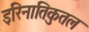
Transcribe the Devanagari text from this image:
इरिनातिकुतल